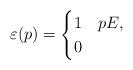
LaTeX: \begin{align*} \varepsilon(p) = \begin{cases} 1 & p E,\\ 0 & \end{cases}\end{align*}